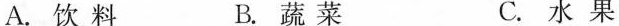
A.饮料 B.蔬菜 C.水果